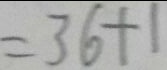
= 3 6 + 1